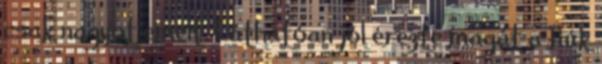
csak nagyot emelt. Láthatóan jól érezte magát a fiúk